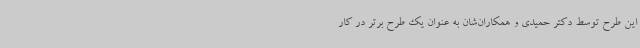
این طرح توسط دکتر حمیدی و همکاران‌شان به عنوان یک طرح برتر در کار